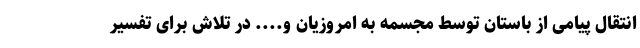
انتقال پیامی از باستان توسط مجسمه به امروزیان و.... در تلاش برای تفسیر